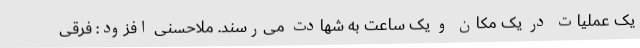
یک عملیات در یک مکان و یک ساعت به شهادت می‌رسند. ملاحسنی افزود: فرقی